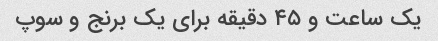
یک ساعت و ۴۵ دقیقه برای یک برنج و سوپ